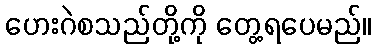
ဟေးဂဲစသည်တို့ကို တွေ့ရပေမည်။